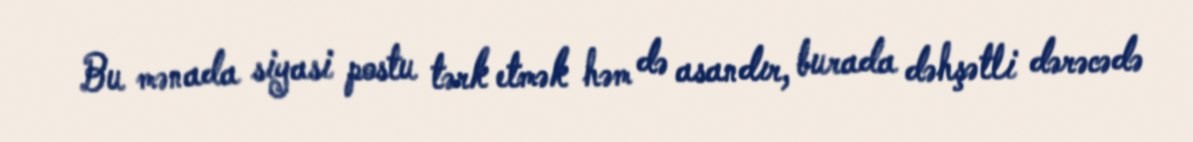
Bu mənada siyasi postu tərk etmək həm də asandır, burada dəhşətli dərəcədə